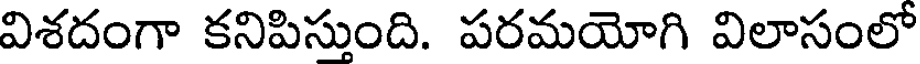
విశదంగా కనిపిస్తుంది. పరమయోగి విలాసంలో